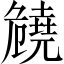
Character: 𠨪